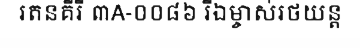
រតនគីរី ៣A-០០៨៦ រីឯម្ចាស់រថយន្ត